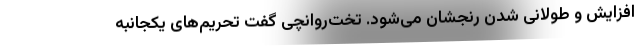
افزایش و طولانی شدن رنجشان می‌شود. تخت‌روانچی گفت تحریم‌های یکجانبه